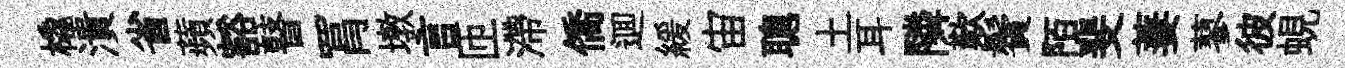
橇潰省蘋豁瞽罥墩言匝滯僑逥緩宙聰土耳隣歎鬢陌斐萋蓼彼蜆